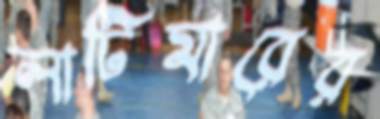
লাটিমারের